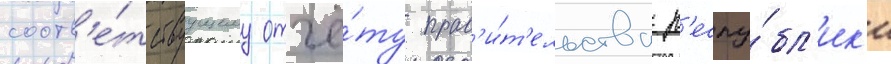
соотв'е́тствуущему отчё́ту прав'и́т'ельства р'еспу́бл'ик'и